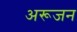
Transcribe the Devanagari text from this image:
अरूजन